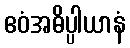
ဧဝံအဓိပ္ပါယာနံ